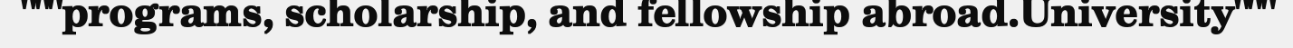
"""programs, scholarship, and fellowship abroad.University"""